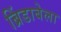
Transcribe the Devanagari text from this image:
ब्रिंडाबेला